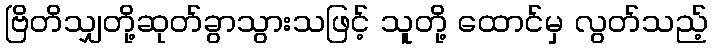
ဗြိတိသျှတို့ဆုတ်ခွာသွားသဖြင့် သူတို့ ထောင်မှ လွတ်သည့်